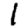
Digit: 1